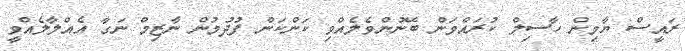
ރައީސް ޔާމިން ހާސިލް ކުރައްވަން ބޭނުންވެލެއްވި ކަންކަން ފުދުމުން ނާޒިމް ނަގާ އެއްލާލެއްވީ